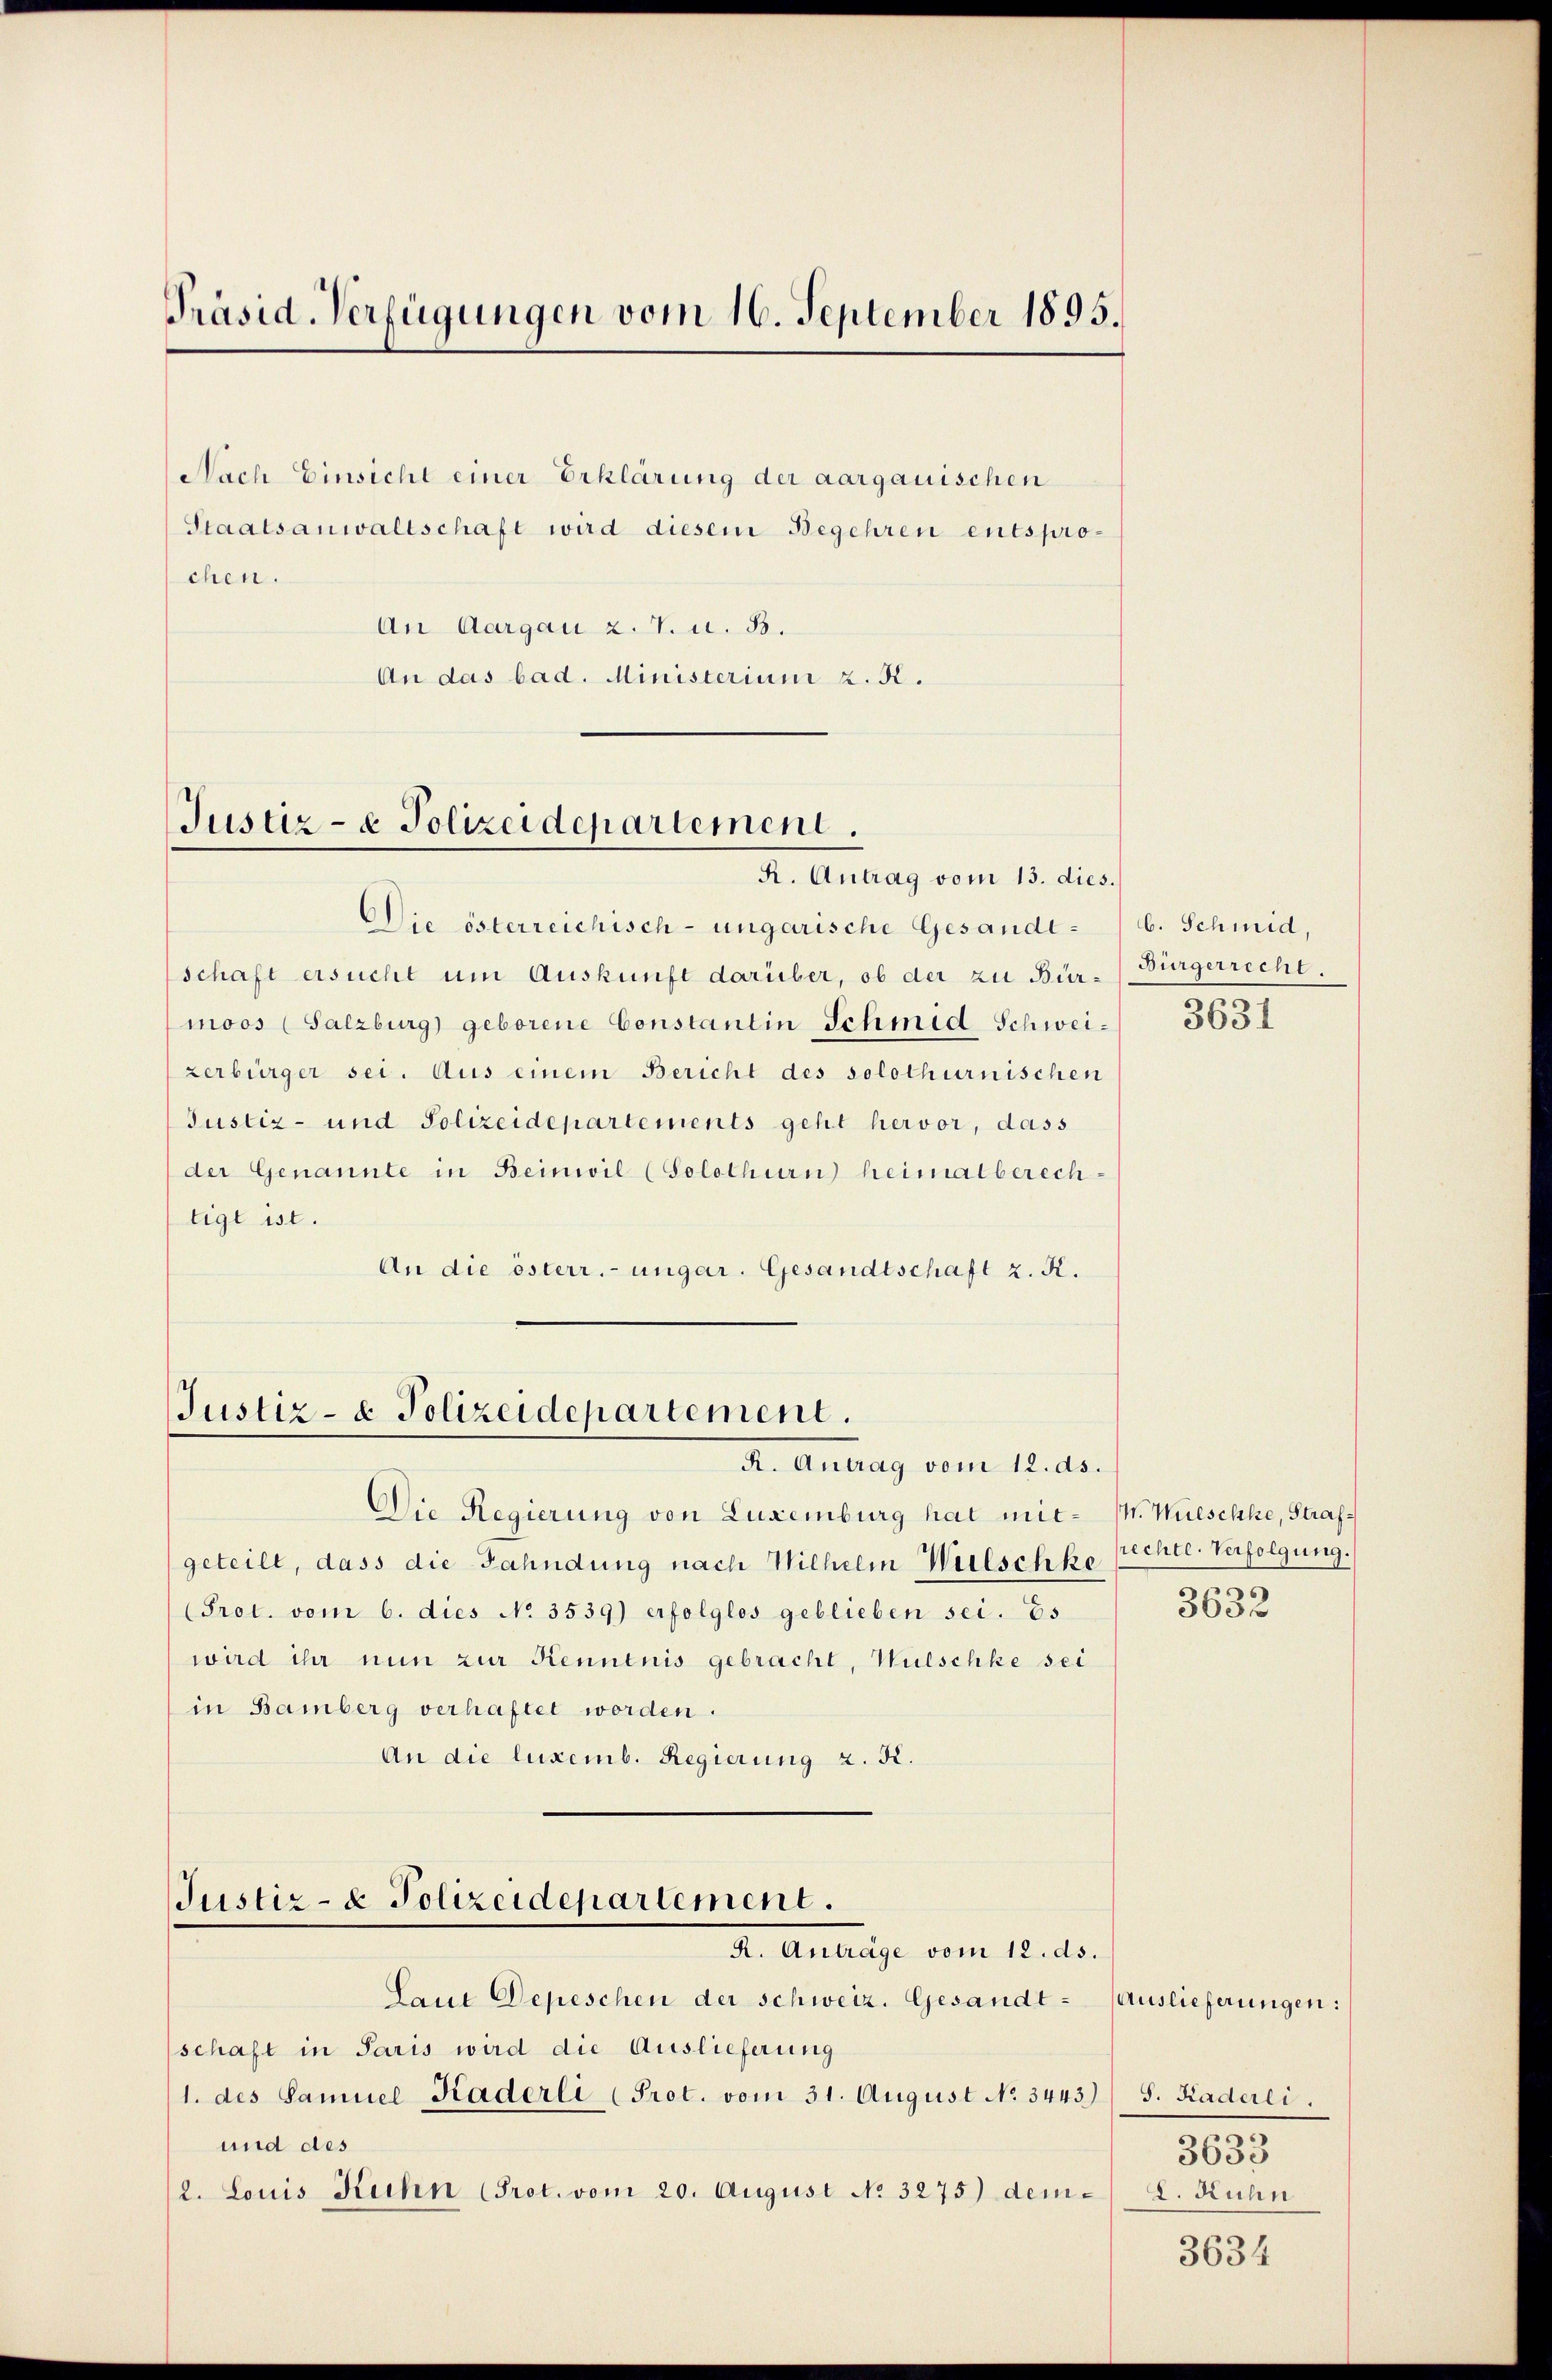
Präsid. Verfügungen vom 16. September 1895.

Nach Einsicht einer Erklärung der aargauischen
Staatsanwaltschaft wird diesem Begehren entsprochen.
An Aargau 2. V. u. B.
An das bad. Ministerium z. R.

Justiz- & Polizeidepartement.
R. Antrag vom 13. dies.

Justiz- & Polizeidepartement.
A. Antrag vom 12. ds.

Die österreichisch-ungarische Gesandtschaft ersucht um Auskunft darüber, ob der zu Bürmoos (Salzburg) geborene Constantin Schmid Schweizerbürger sei. Aus einem Bericht des solothurnischen
Justiz- und Polizeidepartements geht hervor, dass
der Genannte in Beinwil (Solothurn heimatberech-
tigt ist.
An die österr.-ungar. Gesandtschaft z. R.

geteilt, dass die Fahndung nach Wilhelm Welschke
(Prot. vom 6. dies No 3539) erfolglos geblieben sei. Es
wird ihr nun zur Kenntnis gebracht, Wulschke sei
in Bamberg verhaftet worden.
An die luxemb. Regierung z. K.

Die Regierung von Luxenburg hat mit- M. Wüeschle, Straf¬

Justiz- & Polizeidepartement.
R. Anträge vom 12. ds.

Laut Depeschen der schweiz. Gesandt - Auslieferungen:
schaft in Paris wird die Auslieferung
1. des Samuel Kaderli (Prot. vom 31. August No 3443) S. Kaderei.
und des
2. Louis Kuhn (Prot. vom 20. August No 3275) dem¬

b. Schmid,
Bürgerrecht.
3631

echte. Verfolgung.

3632

.
3650
8. Kuhn

3634